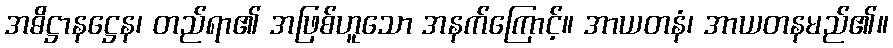
အဓိဋ္ဌာနဋ္ဌေန၊ တည်ရာ၏ အဖြစ်ဟူသော အနက်ကြောင့်။ အာယတနံ၊ အာယတနမည်၏။